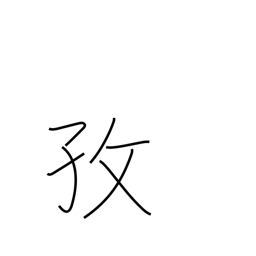
Meaning: industriousness